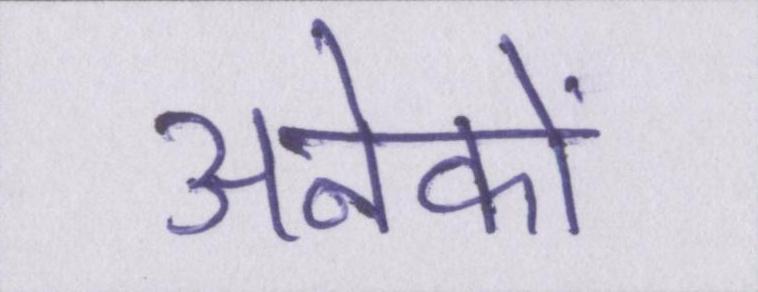
अनेकों